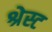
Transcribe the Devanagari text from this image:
श्रेस्ट